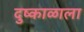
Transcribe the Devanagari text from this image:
दुष्काळाला